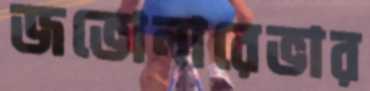
জভোনারেভার